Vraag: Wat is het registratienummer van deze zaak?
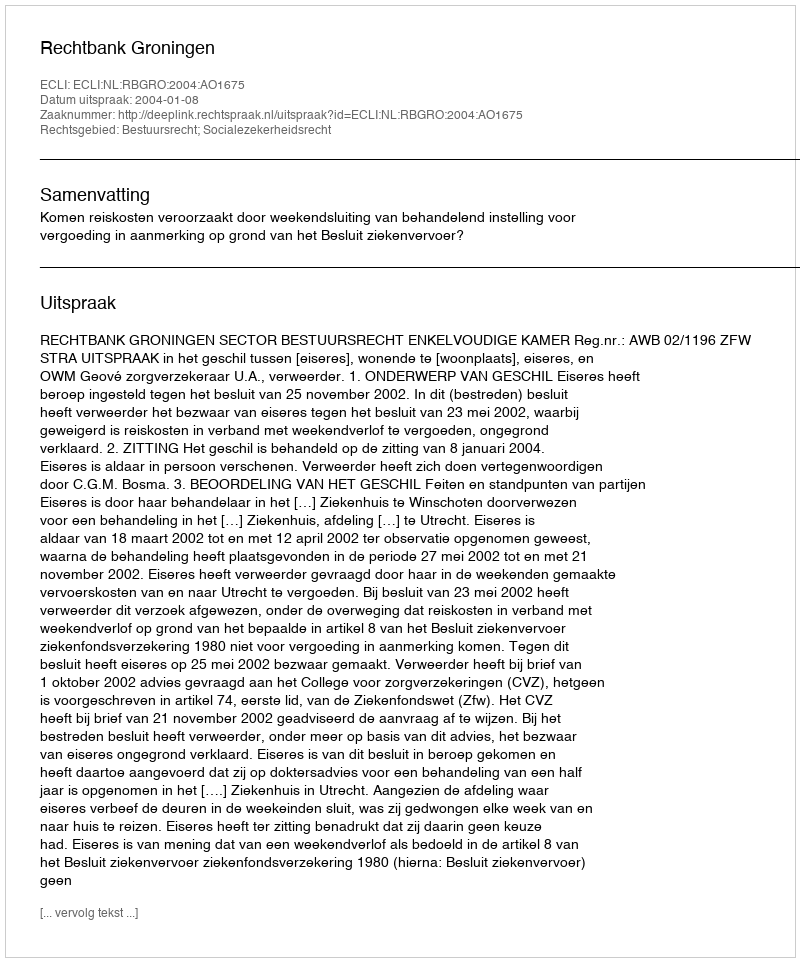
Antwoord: http://deeplink.rechtspraak.nl/uitspraak?id=ECLI:NL:RBGRO:2004:AO1675